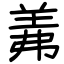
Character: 羛